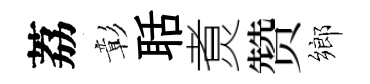
荔彰聒煑赞鄉